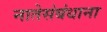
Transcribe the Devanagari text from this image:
नातेसंबंधाना